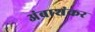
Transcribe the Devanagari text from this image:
अंबाशंकर